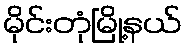
မိုင်းတုံမြို့နယ်